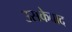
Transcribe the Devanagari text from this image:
उसकेवाद